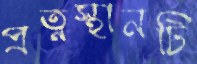
প্রত্নস্থানটি